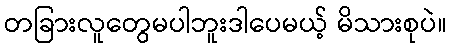
တခြားလူတွေမပါဘူးဒါပေမယ့် မိသားစုပဲ။